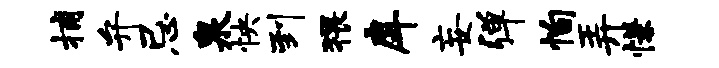
捕弁忌泉怏到猥戽妄弹恂弄慊